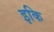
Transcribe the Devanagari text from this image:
इकि